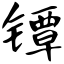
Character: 镡